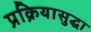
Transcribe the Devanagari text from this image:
प्रक्रियासुद्धा